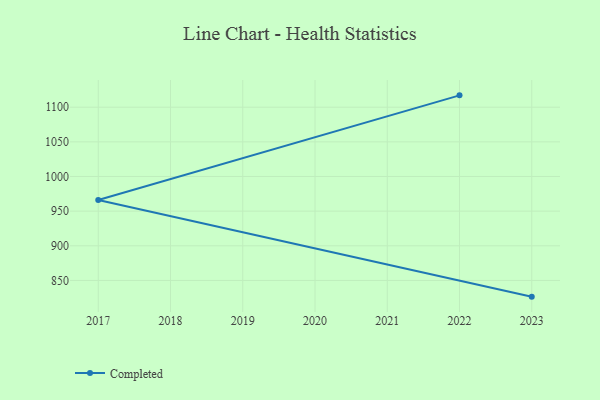
{"axis": {"x": "Year", "y": "Satisfaction Score"}, "legend": ["Completed"], "data": [{"x": "2022", "y": 1117.1, "type": "Completed"}, {"x": "2017", "y": 966.0, "type": "Completed"}, {"x": "2023", "y": 826.6, "type": "Completed"}]}